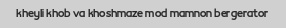
kheyli khob va khoshmaze mod mamnon bergerator